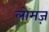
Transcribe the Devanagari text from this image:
लोमज़